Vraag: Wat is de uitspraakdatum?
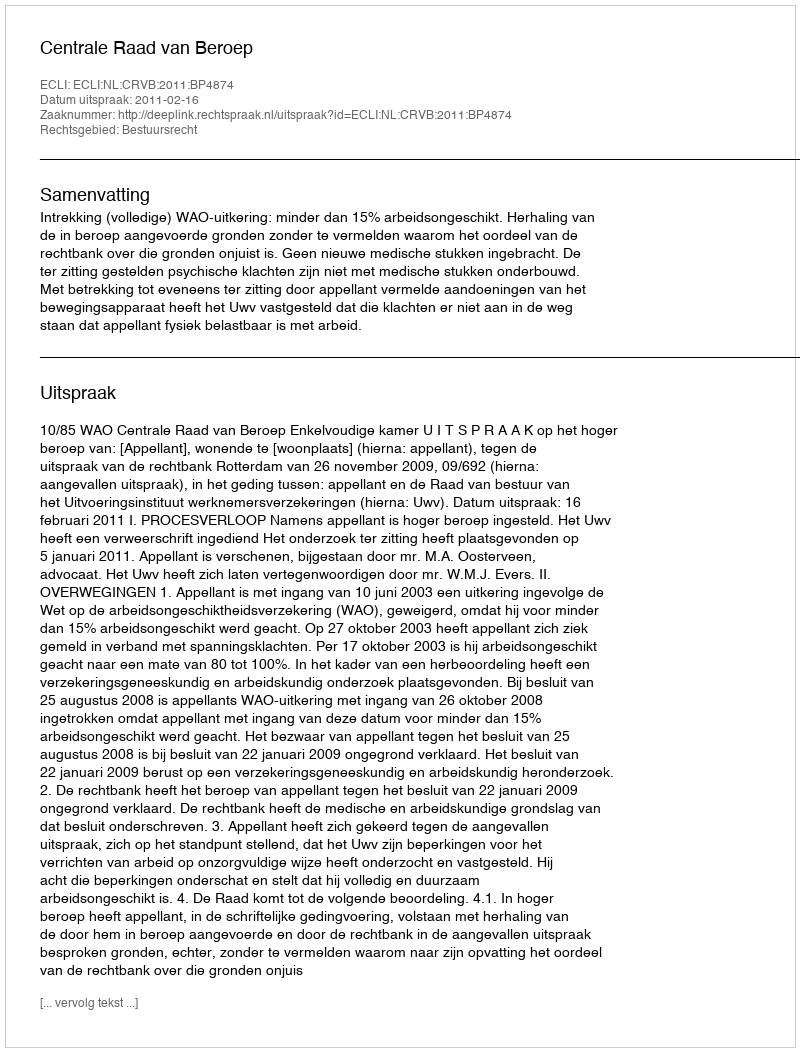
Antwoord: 2011-02-16